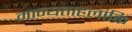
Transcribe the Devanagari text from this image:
मान्यताहलांकि